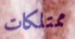
ممتلكات